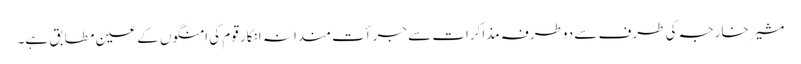
مشیر خارجہ کی طرف سے دوطرفہ مذاکرات سے جرأت مندانہ انکار قوم کی امنگوں کے عین مطابق ہے۔